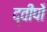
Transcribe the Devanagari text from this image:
द्वीपोँ